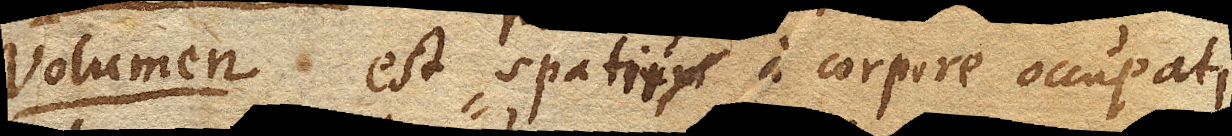
Volumen est quantitas spatii a corpore occupati.